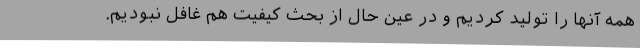
همه آنها را تولید کردیم و در عین حال از بحث کیفیت هم غافل نبودیم.